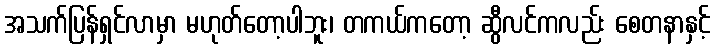
အသက်ပြန်ရှင်လာမှာ မဟုတ်တော့ပါဘူး၊ တကယ်ကတော့ ဆွီလင်ကလည်း စေတနာနှင့်